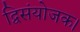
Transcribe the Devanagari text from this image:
द्विसंयोजक।